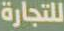
للتجارة